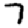
Digit: 7